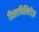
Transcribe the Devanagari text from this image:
डिसएबिलिटीज़